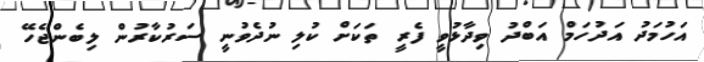
އަހުމަދު އަދުހަމް އަބްދު ވިދާޅުވީ ފެރީ ތަކަށް ކުލި ނުދެވުނީ ސަރުކާރުން ލިބެންޖެހޭ